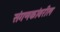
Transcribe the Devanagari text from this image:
संगणकांवरील